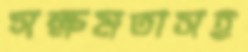
সক্ষমতাসহ